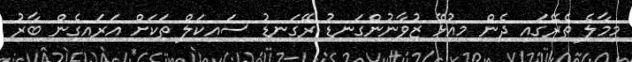
މިމާލެ ތެރޭގައި ދެން މިއުޅޭ ޒުވާނުންގަނޑު ރޭގަނޑު ސައިކަލް ތަކަށް އަރައިގެން ބާރު